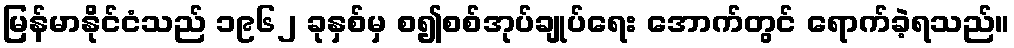
မြန်မာနိုင်ငံသည် ၁၉၆၂ ခုနှစ်မှ စ၍စစ်အုပ်ချုပ်ရေး အောက်တွင် ရောက်ခဲ့ရသည်။